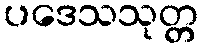
ပဒေသသုတ္တ